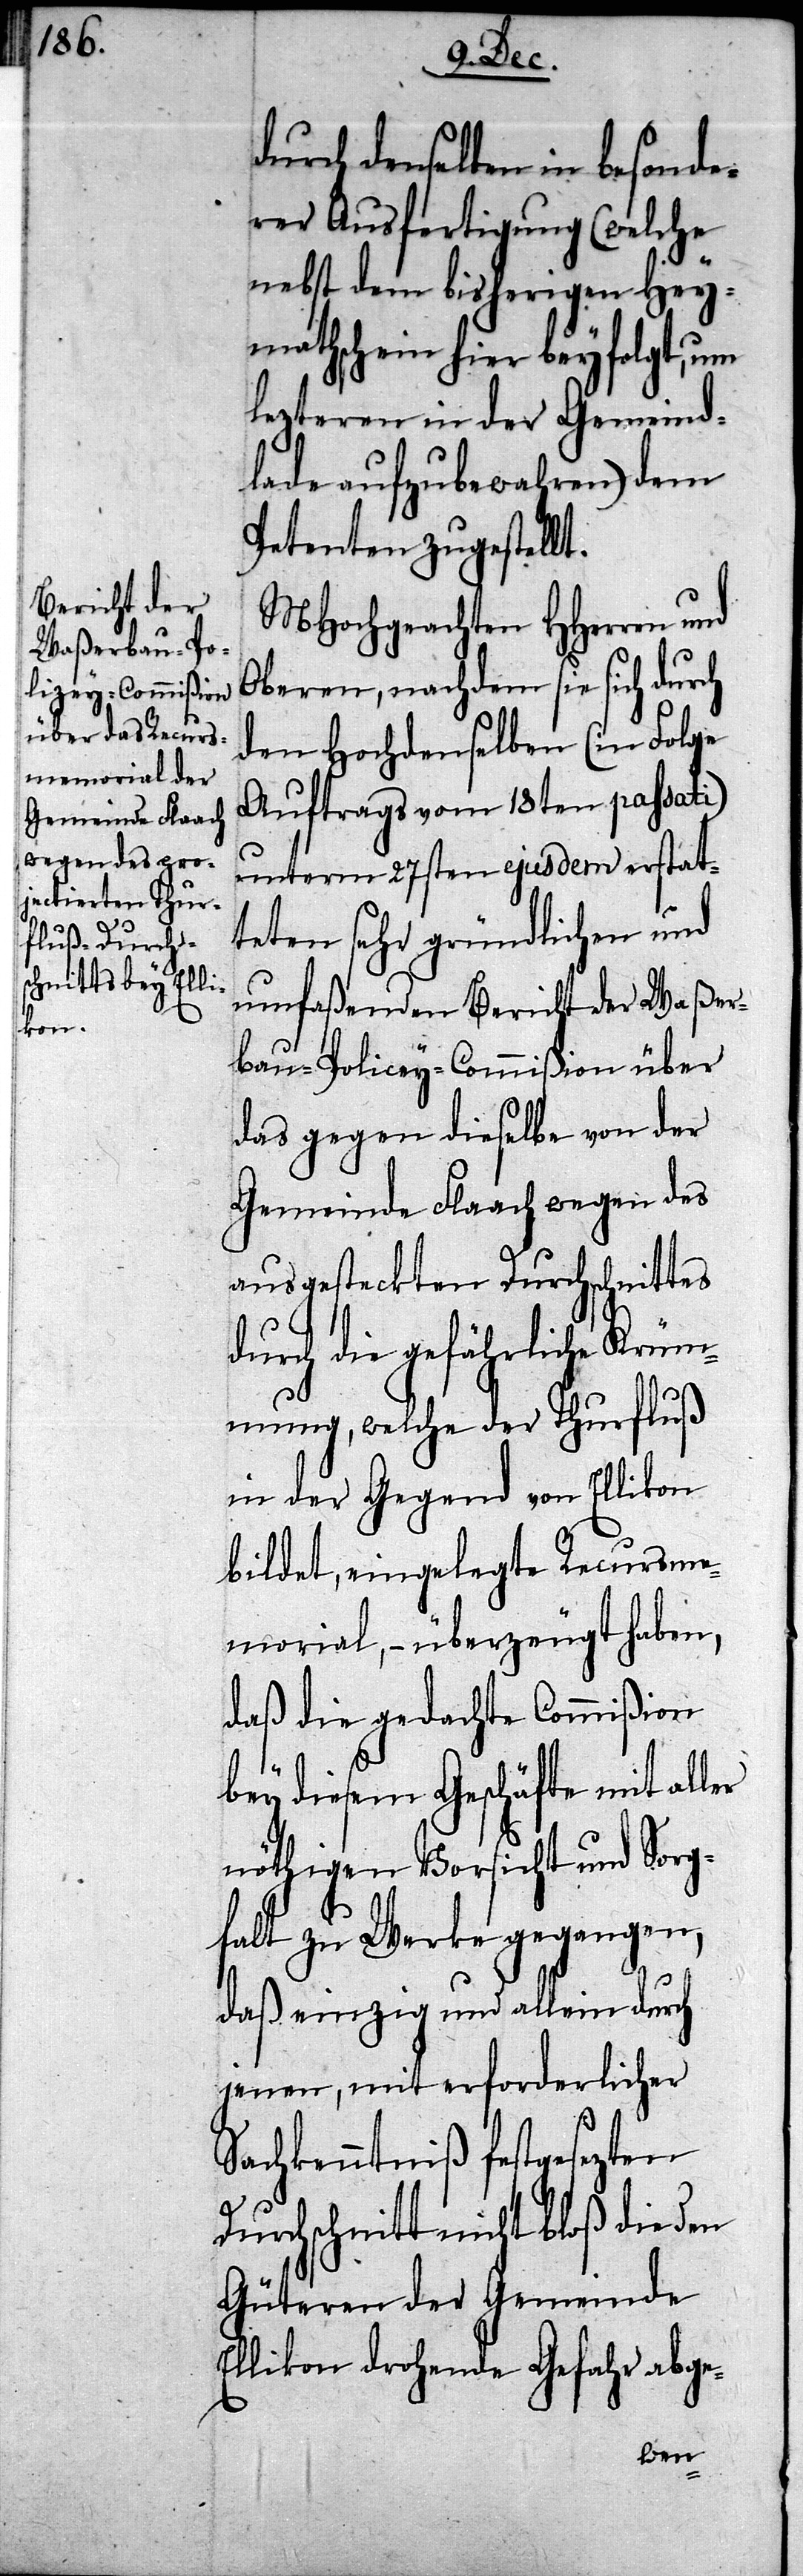
durch denselben in besonde¬
rer Ausfertigung (welche
nebst dem bisherigen Hey¬
mathschein hier beyfolgt, um
lezteren in der Gemeind¬
lade aufzubewahren) dem
Petenten zugestellt.
MHochgeachten HHerren und
Oberen, nachdem sie sich durch
den Hochdenselben (in Folge
Auftrags vom 18ten passati)
unterm 27sten ejusdem erstat¬
teten sehr gründlichen und
umfaßenden Bericht der Waßer¬
bau-Polizey-Commißion über
das gegen dieselbe von der
Gemeinde Flaach wegen des
ausgesteckten Durchschnittes
durch die gefährliche Krüm¬
mung, welche der Thurfluß
in der Gegend von Ellikon
bildet, eingelegte Recurs-Me¬
morial, – überzeugt haben,
daß die gedachte Commißion
bey diesem Geschäfte mit aller
nöthigen Vorsicht und Sorg¬
falt zu Werke gegangen,
daß einzig und allein durch
jenen, mit erforderlicher
Sachkenntniß festgesezten
Durchschnitt nicht bloß die den
Güteren der Gemeinde
Ellikon drohende Gefahr abge-